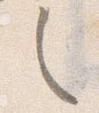
之